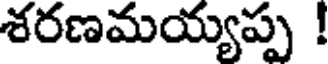
శరణమయ్యప్ప !